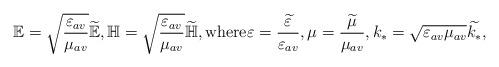
LaTeX: \begin{align*}\mathbb{E} = \sqrt{\frac{\varepsilon_{av}}{\mu_{av}}}\widetilde{\mathbb{E}}, \mathbb{H} =\sqrt{\frac{\varepsilon_{av}}{\mu_{av}}}\widetilde{\mathbb{H}}, {\rm where} \varepsilon= \frac{\widetilde{\varepsilon}}{\varepsilon_{av}}, \mu =\frac{\widetilde{\mu}}{\mu_{av}}, k_* = \sqrt{\varepsilon_{av}\mu_{av}} \widetilde{k_*},\end{align*}